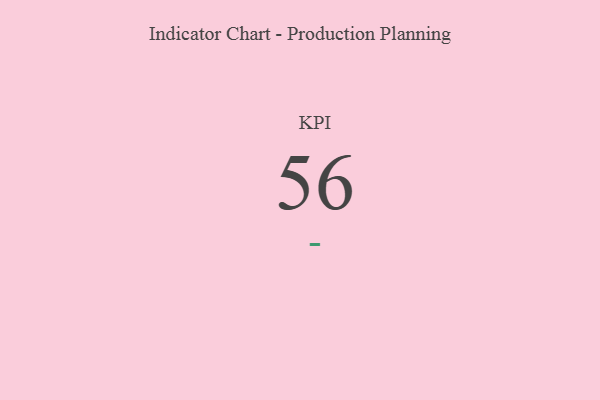
{"axis": {"x": "KPI", "y": "Value"}, "legend": [""], "data": [{"x": "KPI", "y": 56, "type": ""}]}